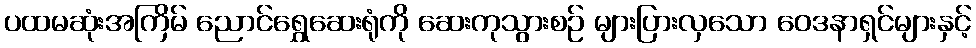
ပထမဆုံးအကြိမ် ညောင်ရွှေဆေးရုံကို ဆေးကုသွားစဉ် များပြားလှသော ဝေဒနာရှင်များနှင့်